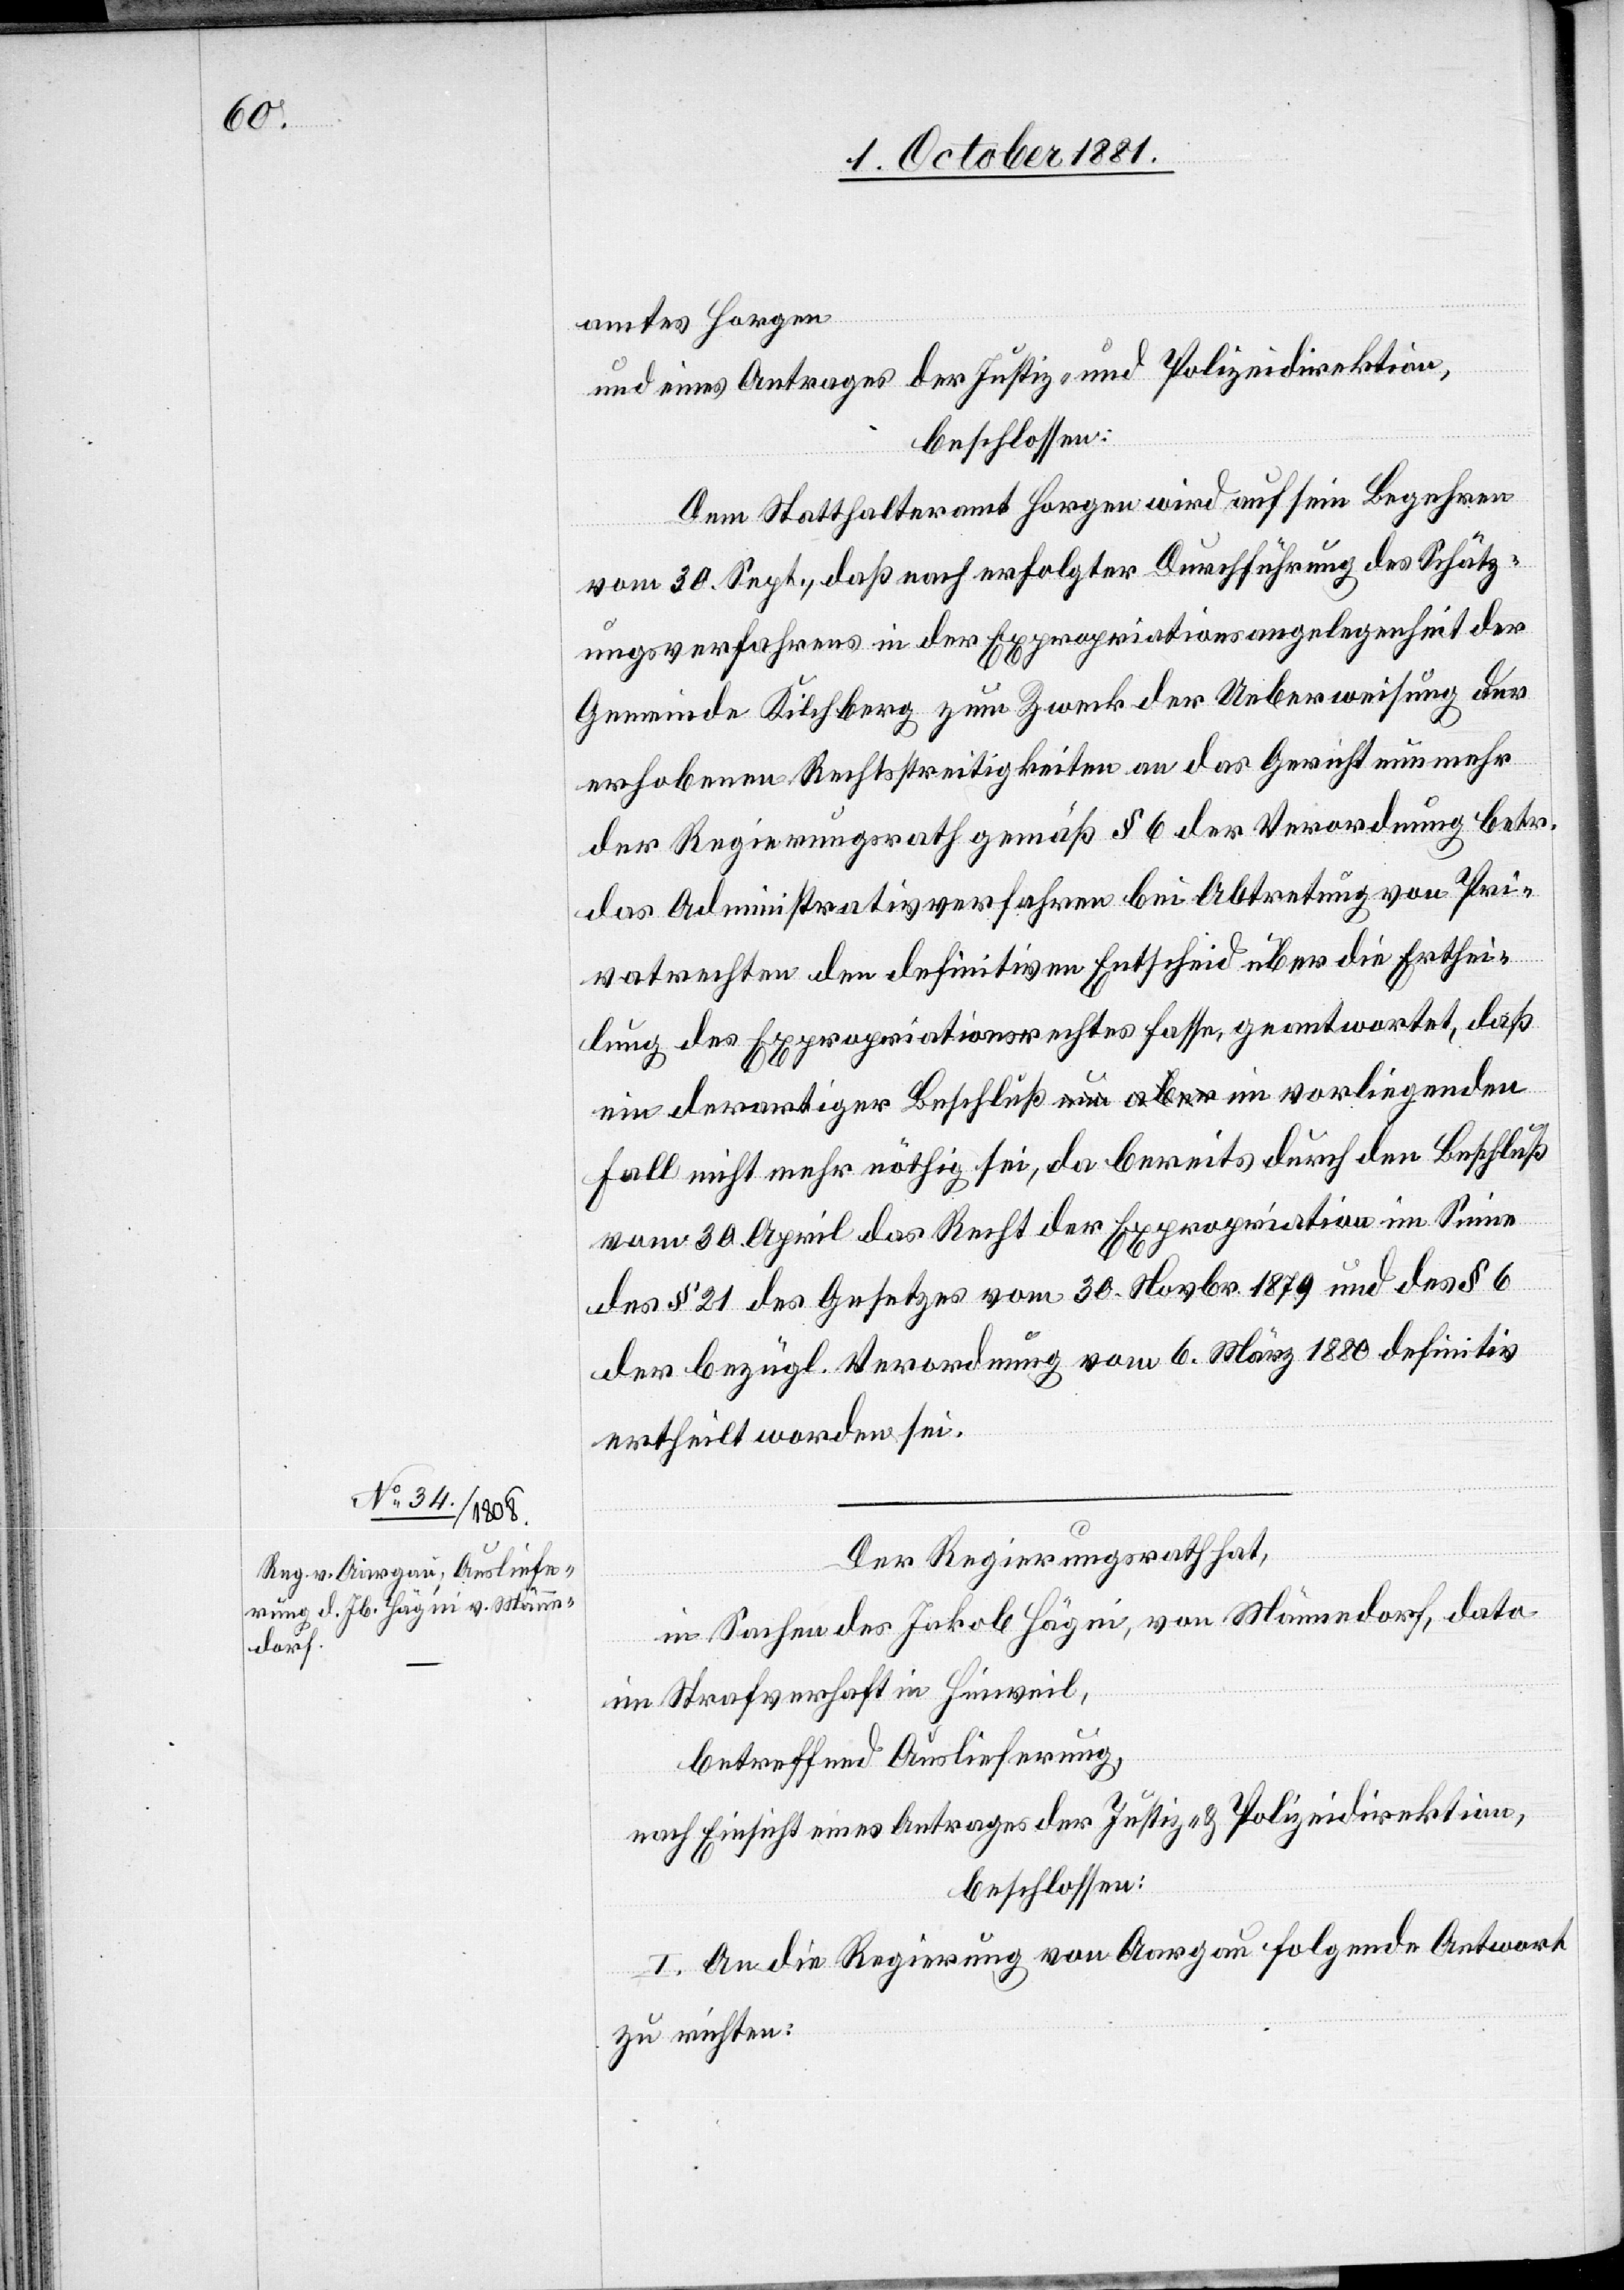
amtes Horgen
und eines Antrages der Justiz- und Polizeidirektion,
beschlossen:
Dem Statthalteramt Horgen wird auf sein Begehren
vom 30. Sept., daß nach erfolgter Durchführung des Schätz¬
ungsverfahrens in der Expropriationsangelegenheit der
Gemeinde Kilchberg zum Zweck der Ueberweisung der
erhobenen Rechtsstreitigkeiten an das Gericht nunmehr
der Regierungsrath gemäß § 6 der Verordnung betr.
das Administrativverfahren bei Abtretung von Pri¬
vatrechten den definitiven Entscheid über die Erthei¬
lung des Expropriationsrechtes fasse, geantwortet, daß
ein derartiger Beschluß im vorliegenenden Fall nicht
vom 30. April das Recht der Expropriation im Sinne
des § 21 des Gesetzes vom 30. Novbr. 1879 und des § 6
der bezügl. Verordnung vom 6. März 1880 definitiv
ertheilt worden sei.
Der Regierungsrath hat,
in Sachen des Jakob Hägni, von Männedorf, dato
im Strafverhaft in Hinweil,
betreffend Auslieferung,
nach Einsicht eines Antrages der Justiz- & Polizeidirektion,
beschlossen:
I. An die Regierung von Aargau folgende Antwort
zu richten: